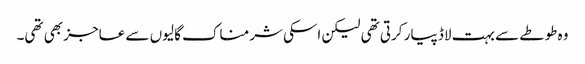
وہ طوطے سے بہت لاڈ پیار کرتی تھی لیکن اسکی شرمناک گالیوں سے عاجز بھی تھی۔